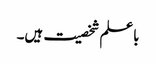
باعلم شخصیت ہیں۔